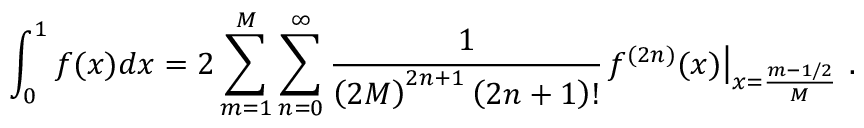
\int _ { 0 } ^ { 1 } { f ( x ) d x } = 2 \sum _ { m = 1 } ^ { M } { \sum _ { n = 0 } ^ { \infty } { { \frac { 1 } { { { \left( { 2 M } \right) } ^ { 2 n + 1 } } \left( { 2 n + 1 } \right) ! } } { { \left. { { f ^ { ( 2 n ) } } ( x ) } \right| } _ { x = { \frac { m - 1 / 2 } { M } } } } } } \, \, .